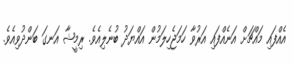
އެއްފައި މައްޗަށް އަނެއްފައި އަރުވާ ހަމަޖެހިލަމުން އައްޔަދު ބުނެލިއެވެ. ރިމީޝާ އަނގަ ބަންދުވިއެވެ.